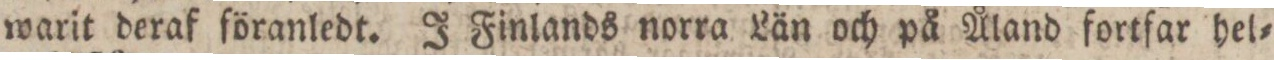
warit deraf föranledt. J Finlands norra Län och på Åland fortfar hel=